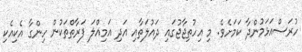
ހުރަސްއަޅަމުންދާ ކަމަށެވެ. މި އިހުތިޖާޖުގައި ދައުލަތާއި އަދި އަމިއްލަ ފަރާތްތަކުން ހިންގާ އެކިއެކި